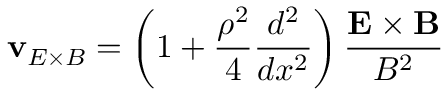
\mathbf { v } _ { E \times B } = \left( 1 + \frac { \rho ^ { 2 } } { 4 } \frac { d ^ { 2 } } { d x ^ { 2 } } \right) \frac { \mathbf { E } \times \mathbf { B } } { B ^ { 2 } }